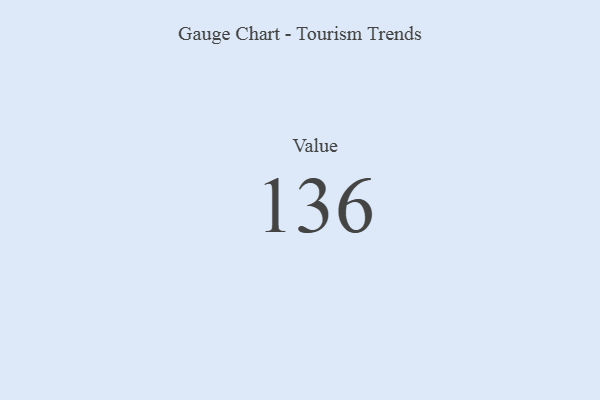
{"axis": {"x": "Metric", "y": "Value"}, "legend": [""], "data": [{"x": "Value", "y": 136, "type": ""}]}